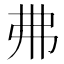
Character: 𢎵